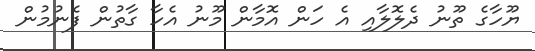
ޔޫހާގެ ތޫނު ދެލޮލާއި އެ ހަން އޮމާން މޫނު އެހާ ގާތުން ފެނުމުން